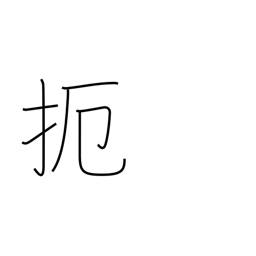
Meaning: prevent